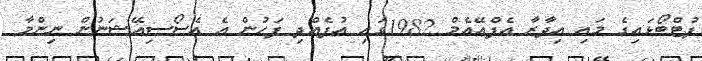
ފުޓްބޯޅައިގެ މައި އިދާރާ އެފްއޭއެމް 1982ގައި އުފެއްދި ފަހުން އެ އެސޯސިއޭޝަނުން ނިންމާ